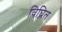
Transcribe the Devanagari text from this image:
विघ्नित